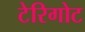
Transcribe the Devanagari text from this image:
टेरिगोट